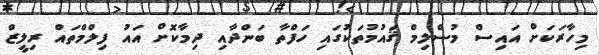
މިހާރަކަށް އައިސް މުސްލިމް ޤައުމުތަކުގައި ހަފްތާ ބަންދާއި ދިމާކޮށް އައު ފިލްމްތައް ރިލީޒް